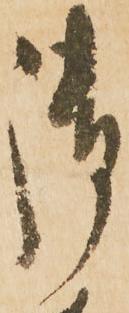
御